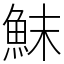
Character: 䱅